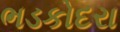
ભડકોદરા